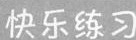
快乐练习